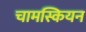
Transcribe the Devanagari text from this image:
चामस्कियन